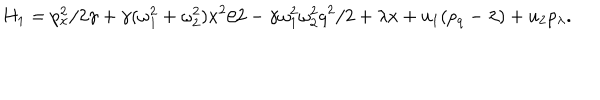
LaTeX: H _ { 1 } = p _ { x } ^ { 2 } / 2 \gamma + \gamma ( \omega _ { 1 } ^ { 2 } + \omega _ { 2 } ^ { 2 } ) x ^ { 2 } / 2 - \gamma \omega _ { 1 } ^ { 2 } \omega _ { 2 } ^ { 2 } q ^ { 2 } / 2 + \lambda x + u _ { 1 } ( p _ { q } - \lambda ) + u _ { 2 } p _ { \lambda } .